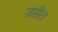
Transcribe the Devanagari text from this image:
जप्तीत